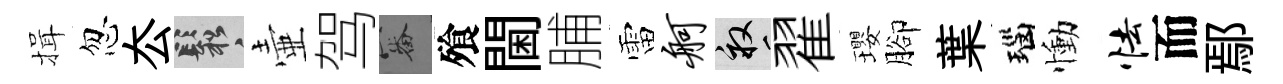
揖忽厺鬆壷驾審飱閫脯雷舸畝翟瓔腳葉瑙慟怯而鄢